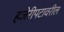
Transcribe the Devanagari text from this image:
हजेरीपटावरील